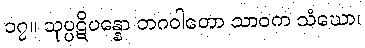
၁၇။ သုပ္ပဋိပန္နော ဘဂဝါတော သာဝက သံဃော၊